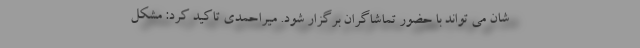
شان می تواند با حضور تماشاگران برگزار شود. میراحمدی تاکید کرد: مشکل